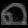
Digit: ၈